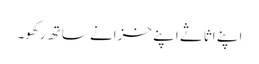
اپنے اثاثے اپنے خزانے ساتھ رکھو۔